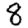
Digit: 8